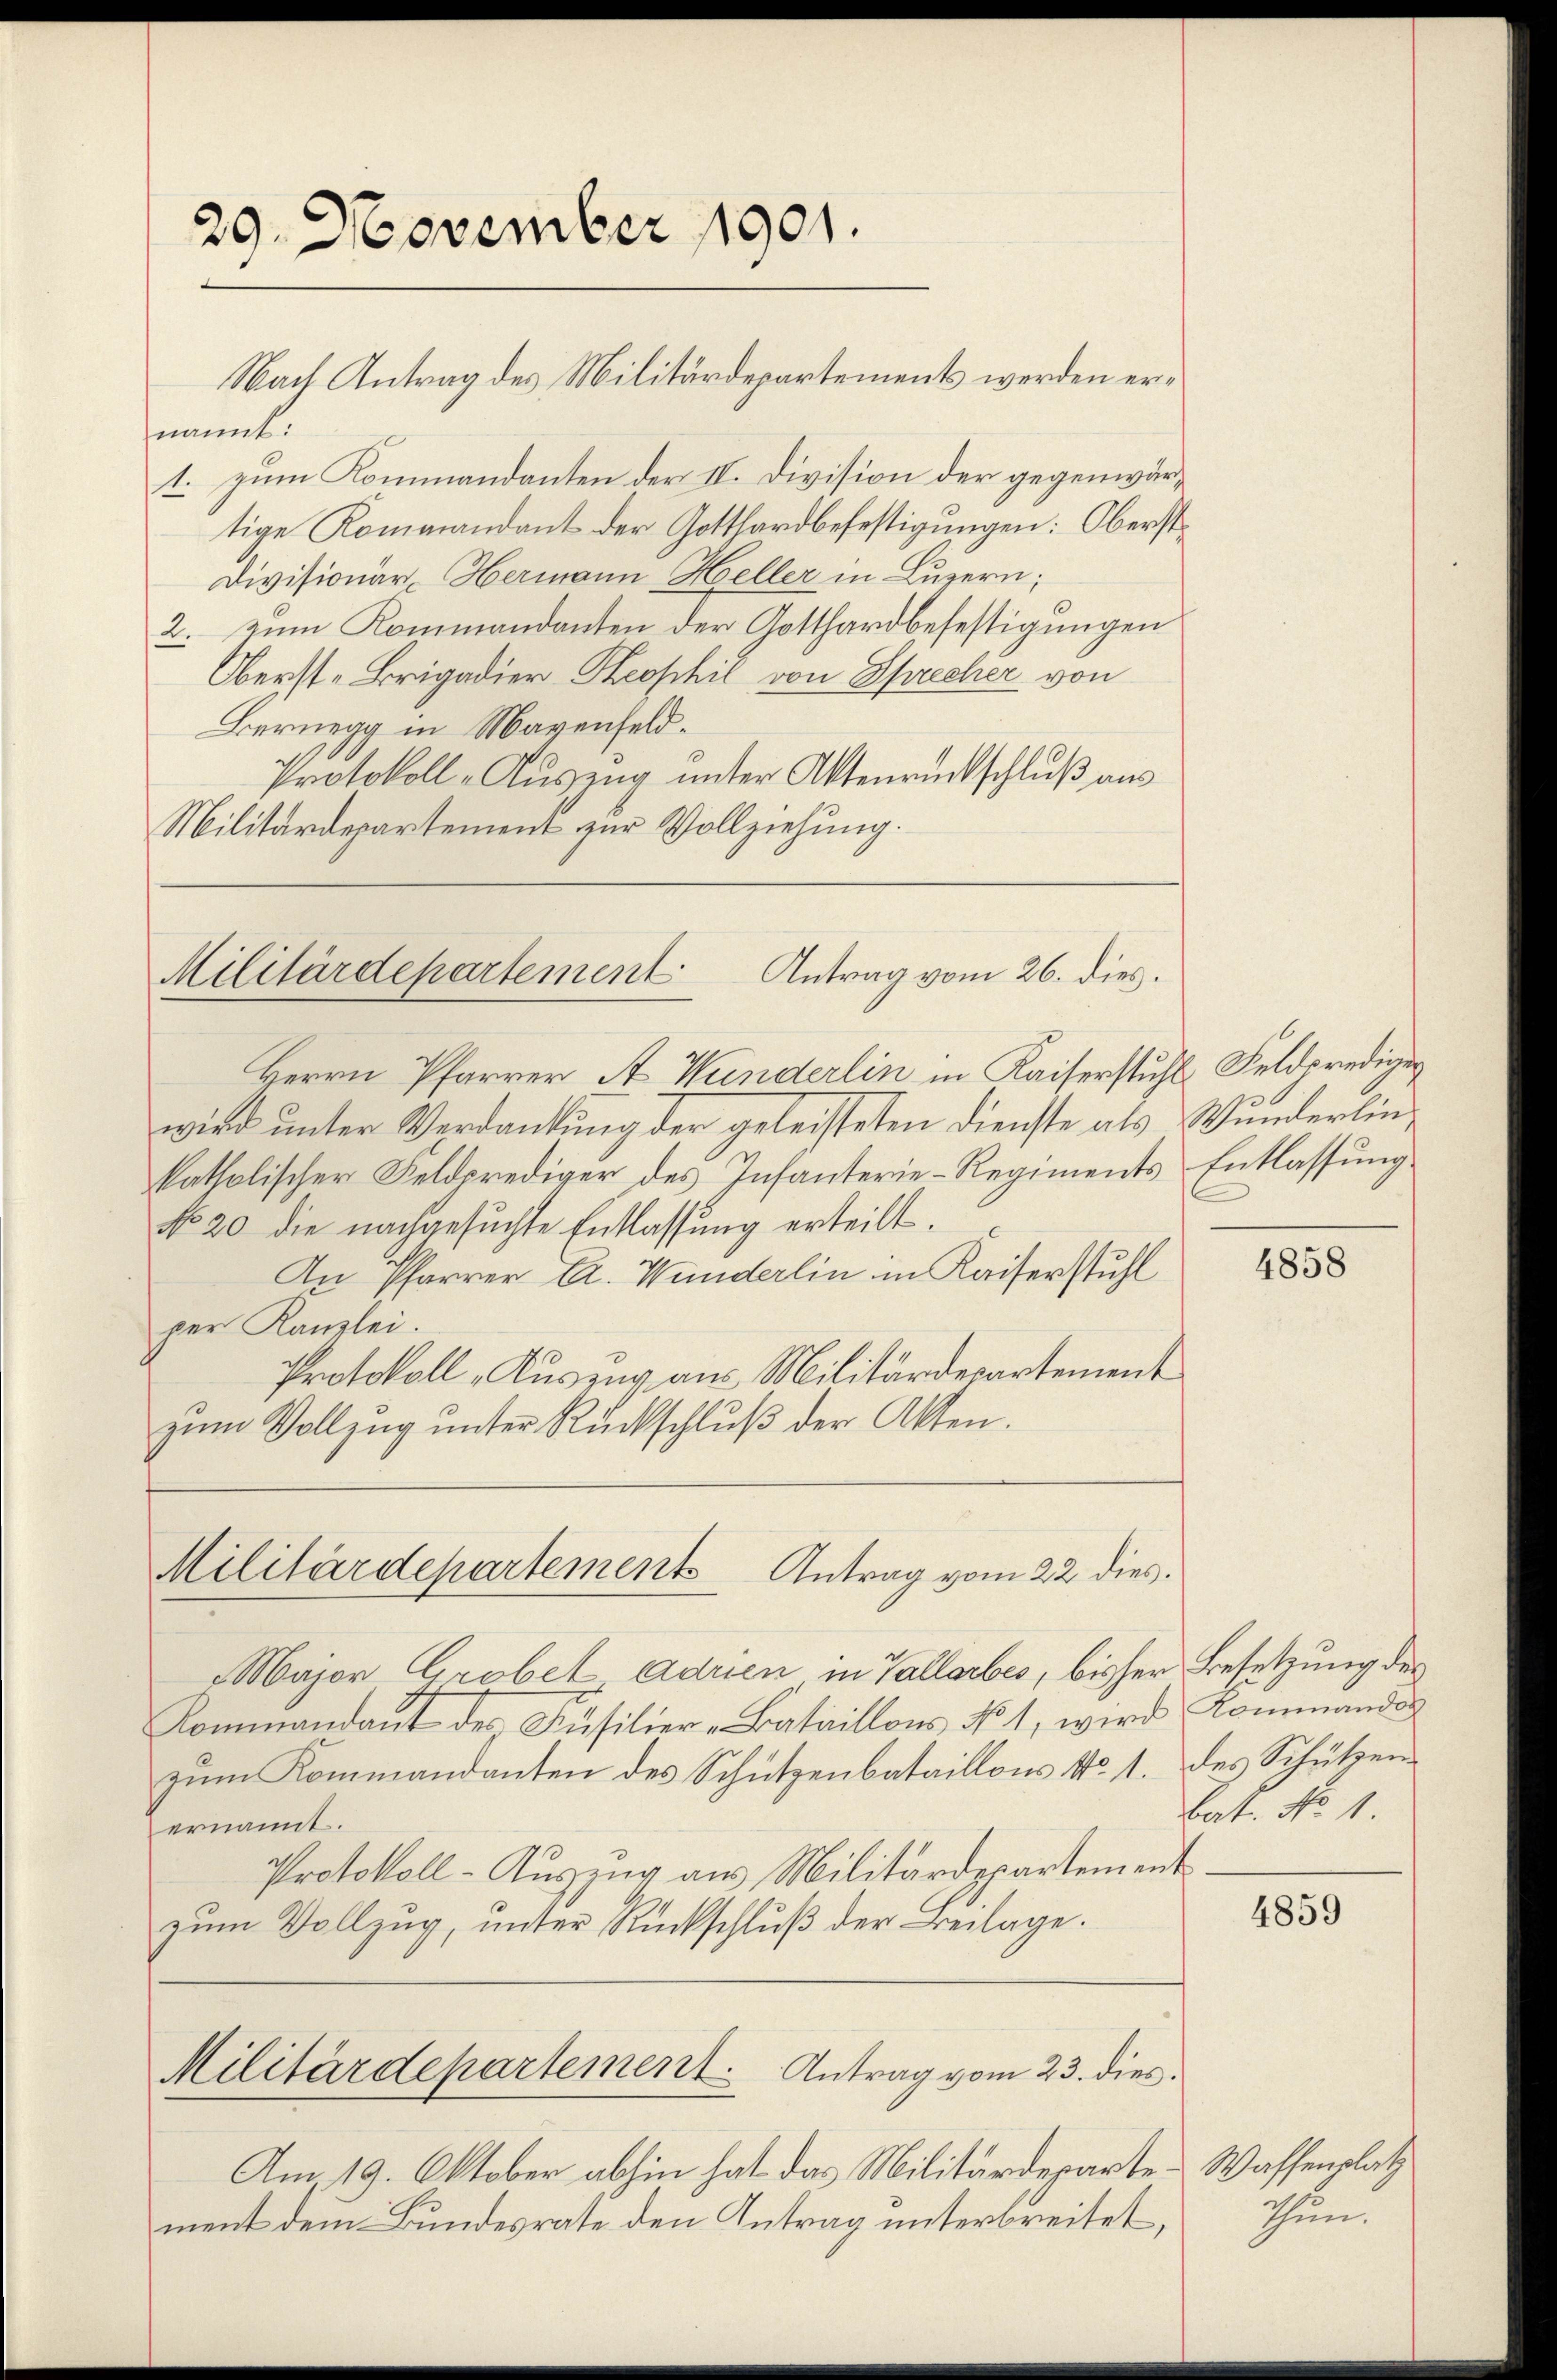
29. November 1901.

nannte.
1. zum Kommandanten der II. Division der gegenwärtige Kommandant der Gotthardbefestigungen: Oberst
Divisionär Hermann Heller in Luzern;
2. zum Kommandanten der Gotthardbefestigungen
Oberste Brigadier Sophil von Sprecher von
Bernegg in Mayenfeld.
Protokoll-Auszug unter Aktenrückschluß aus
Militärdepartement zur Vollziehung.

Nach Antrag des Militärdepartements werden er¬

Antrag vom 26. dies.
Militärdepartement

Herrn Pfarrer A. Wunderlin in Kaiserstuhl Feldprediger
wird unter Verdankung der geleisteten Dienste als Wunderlinkatholischer Feldprediger des Infanterie-Regiments
No 20. die nachgesŭchte Entlassung erteilt.
An Pfarrer A. Wunderlin in Kaiserstuhl
per Kanzlei.
Protokoll „Auszug aus Militärdepartement
zŭm Vollzŭg ŭnter Rückschlŭβ der Akten.

Militärdepartements Antrag vom 22 dies

Major Grobel adrien in Vallarbes, bisher Besetzung des
Kommandaŭt des Füsilier-Bataillons No 1, wird Kommandis
zum Kommandanten des Schützenbataillons No. 1. des Schützenernannt.
Protokoll-Auszug aus Militärdepartement
zum Vollzug, unter Rückschluß der Beilage.
Militärdepartement. Antrag vom 23. dies
Am 19. Oktober abhin hat das Militärdepartement dem Bundesrate den Antrag unterbreitet,

Entlassung

4858

Bat. No 1

4859

Waffenplatz
Thun.